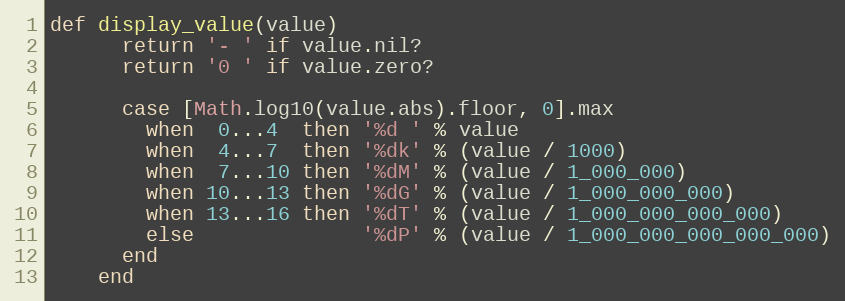
Language: Ruby
def display_value(value)
      return '- ' if value.nil?
      return '0 ' if value.zero?

      case [Math.log10(value.abs).floor, 0].max
        when  0...4  then '%d ' % value
        when  4...7  then '%dk' % (value / 1000)
        when  7...10 then '%dM' % (value / 1_000_000)
        when 10...13 then '%dG' % (value / 1_000_000_000)
        when 13...16 then '%dT' % (value / 1_000_000_000_000)
        else              '%dP' % (value / 1_000_000_000_000_000)
      end
    end